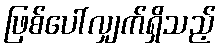
ဖြစ်ပေါ်လျှက်ရှိသည့်